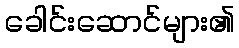
ခေါင်းဆောင်များ၏